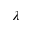
\lambda